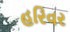
હરિવર